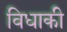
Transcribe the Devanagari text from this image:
विधाकी